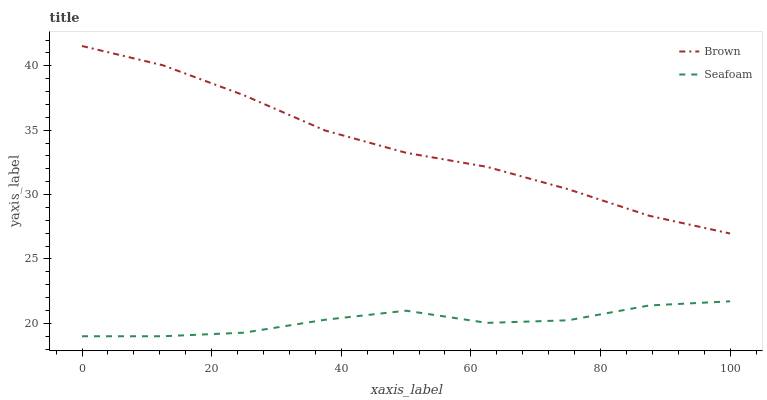
| xaxis_label | Brown | Seafoam |
 | --- | --- | --- |
 | 0 | 41.5 | 19 |
 | 12.5 | 40 | 19 |
 | 25 | 37.7 | 19.3 |
 | 37.5 | 35 | 20.3 |
 | 50 | 33.2 | 21 |
 | 62.5 | 32.2 | 20 |
 | 75 | 30.4 | 20.2 |
 | 87.5 | 28.4 | 21.4 |
 | 100 | 27 | 21.7 |